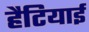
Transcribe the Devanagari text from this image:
हैटियाई